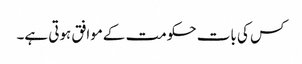
کس کی بات حکومت کےموافق ہوتی ہے۔